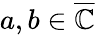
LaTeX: a,b\in{\overline{{\mathbb{C}}}}